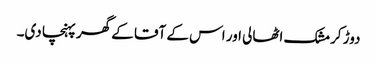
دوڑ کر مشک اٹھالی اور اس کے آقا کے گھر پہنچا دی۔